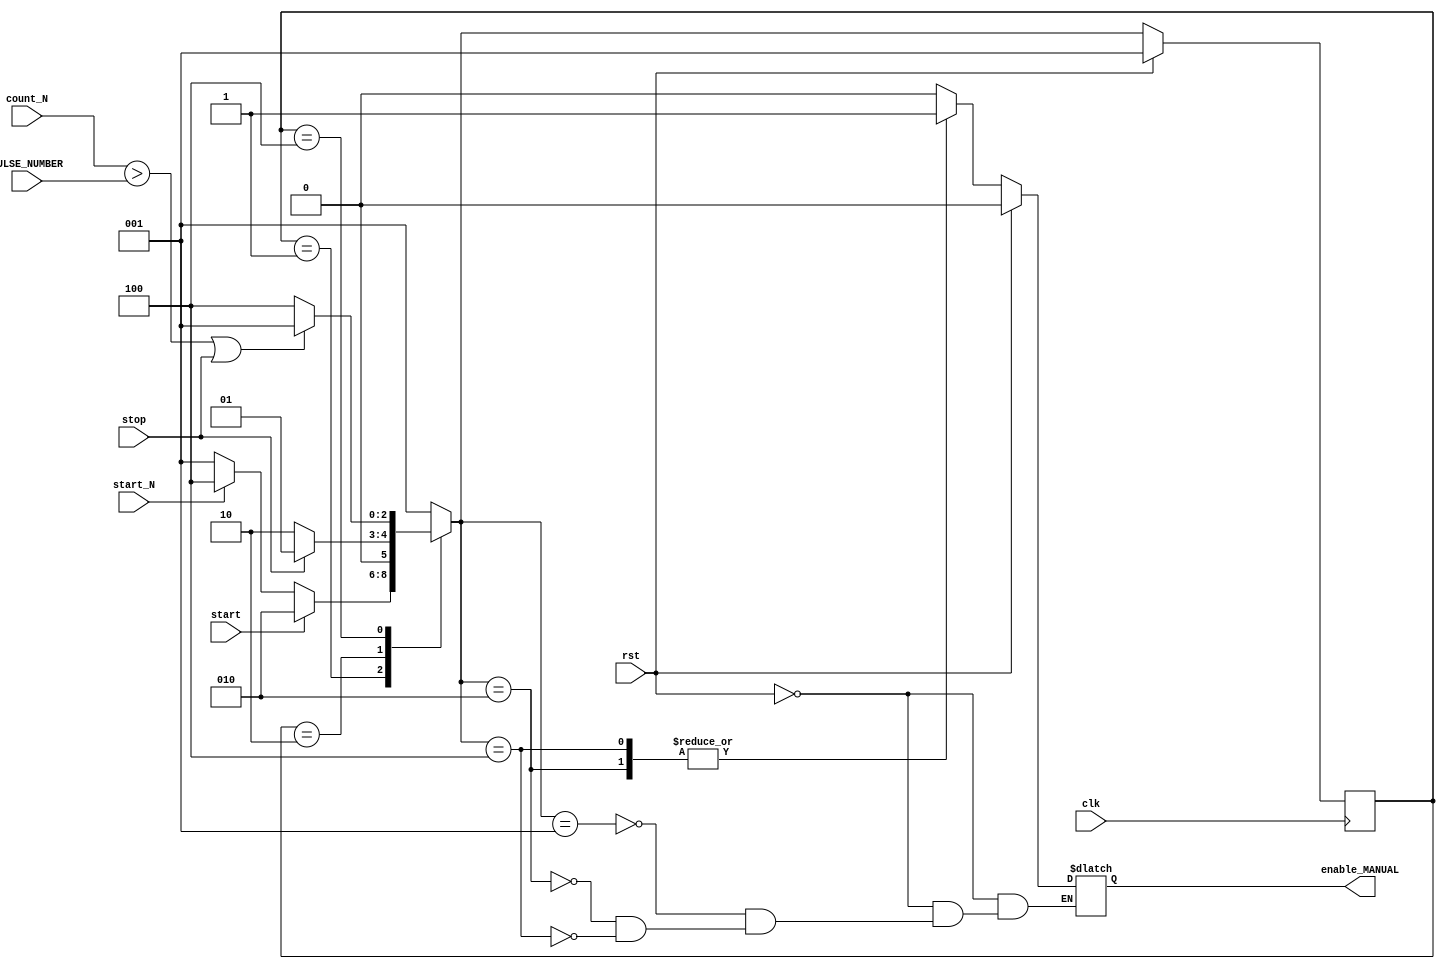
module TR_MANUAL  //    
#(
parameter  WIDTH_MANUAL             = 16 
)
(
    input                                 start,
                                          start_N,
                                          stop,

    output reg                            enable_MANUAL,   //   ,  TR
                                          
    input [2*WIDTH_MANUAL-1:0]            PULSE_NUMBER,
                                          count_N,         //    

    input wire                            clk,
                                          rst
);

  reg [3:0]         state_manual=0,
                    NextState_TR;

  localparam
    IDLE    = 1,
    MOVE    = 2,
    MOVE_N  = 4;


always @(posedge clk)
    begin
      if(rst)
        state_manual <= IDLE;
      else
        state_manual <= NextState_TR;
    end

  //     
always @(*)
    begin
      case (state_manual)
        IDLE:
          begin
                if(start)
                  NextState_TR = MOVE;
                else
                  begin
                    if(start_N)
                      NextState_TR = MOVE_N;
                    else
                      NextState_TR = IDLE;
                  end
          end 

        MOVE:
          begin
            if (stop)
              NextState_TR = IDLE;
            else
              NextState_TR = MOVE;
          end

        MOVE_N:
          begin
            if (count_N > PULSE_NUMBER || stop) 
              begin
                NextState_TR = IDLE;
              end
            else
              begin
                NextState_TR = MOVE_N;
              end
          end
        default:
          NextState_TR = IDLE;
      endcase
    end


always @(*)
    begin
      if(rst)
        begin
          enable_MANUAL = 0;
        end
      else
        begin
          case(NextState_TR)
            IDLE:
              begin
                enable_MANUAL = 1'b0;
              end

            MOVE:
              begin
                enable_MANUAL  = 1'b1; //   
              end
            MOVE_N:
              begin
                enable_MANUAL  = 1'b1; //   
              end
          endcase
        end
    end

endmodule